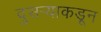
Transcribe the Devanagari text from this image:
दुसर्‍याकडून